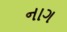
નાગ